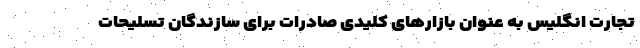
تجارت انگلیس به عنوان بازارهای کلیدی صادرات برای سازندگان تسلیحات